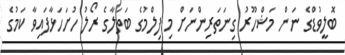
ބޮލީވުޑްގެ ނަން މަޝްހޫރު ގިނަތަރިންނަށް މި ފިލްމުގެ ބަތަލާގެ ރޯލު ހުށަހަޅާފައިވާ ކަމުގެ